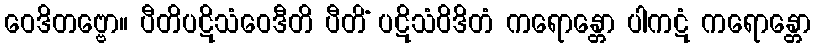
ဝေဒိတဗ္ဗော။ ပီတိပဋိသံဝေဒီတိ ပီတိံ ပဋိသံဝိဒိတံ ကရောန္တော ပါကဋံ ကရောန္တော